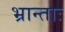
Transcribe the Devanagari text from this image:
भ्रान्ताः